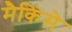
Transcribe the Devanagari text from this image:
मैकिंसे